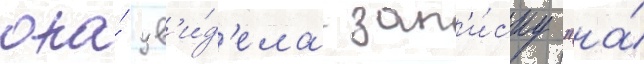
она́ ув'и́д'ела зап'и́ску "на́